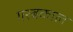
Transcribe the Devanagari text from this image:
गरबकाल